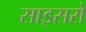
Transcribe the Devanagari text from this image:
साइसरो